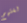
لغتهم